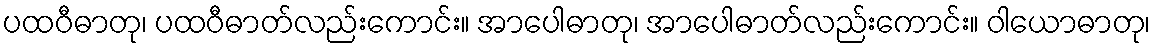
ပထဝီဓာတု၊ ပထဝီဓာတ်လည်းကောင်း။ အာပေါဓာတု၊ အာပေါဓာတ်လည်းကောင်း။ ဝါယောဓာတု၊